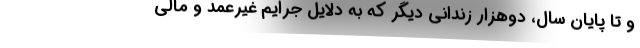
و تا پایان سال، دوهزار زندانی دیگر که به دلایل جرایم غیرعمد و مالی